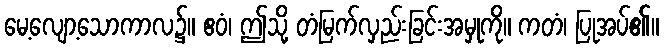
မေ့လျော့သောကာလ၌။ ဧဝံ၊ ဤသို့ တံမြက်လှည်းခြင်းအမှုကို။ ကတံ၊ ပြုအပ်၏။